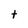
Character: t